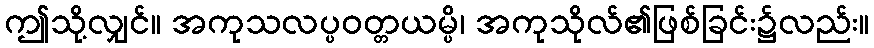
ဤသို့လျှင်။ အကုသလပ္ပဝတ္တယမ္ပိ၊ အကုသိုလ်၏ဖြစ်ခြင်း၌လည်း။